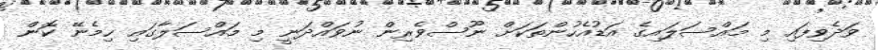
ވަދެވިފައި މި މައްސަލައިގެ އަޑުއެހުންތަކަށް ނޫސްވެރިން ނުވައްދަނީ މި މައްސަލާގައި ހިމެނޭ ކޮން